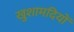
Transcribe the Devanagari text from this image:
खुशामदियों